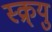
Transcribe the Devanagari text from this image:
स्क्र्यु